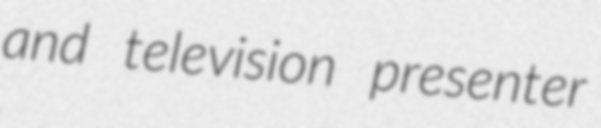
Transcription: and television presenter